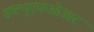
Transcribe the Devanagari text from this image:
डब्ल्यूएफ़ओआर